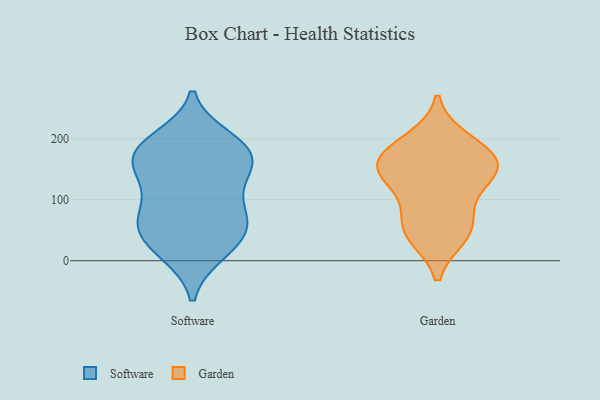
{"axis": {"x": "Website Visitors", "y": "Value"}, "legend": ["Garden", "Software"], "data": [{"x": "", "y": 144, "type": "Software"}, {"x": "", "y": 13, "type": "Software"}, {"x": "", "y": 70, "type": "Software"}, {"x": "", "y": 182, "type": "Software"}, {"x": "", "y": 157, "type": "Software"}, {"x": "", "y": 50, "type": "Software"}, {"x": "", "y": 59, "type": "Software"}, {"x": "", "y": 146, "type": "Software"}, {"x": "", "y": 117, "type": "Software"}, {"x": "", "y": 188, "type": "Software"}, {"x": "", "y": 183, "type": "Software"}, {"x": "", "y": 172, "type": "Software"}, {"x": "", "y": 65, "type": "Software"}, {"x": "", "y": 199, "type": "Software"}, {"x": "", "y": 38, "type": "Software"}, {"x": "", "y": 88, "type": "Software"}, {"x": "", "y": 13, "type": "Software"}, {"x": "", "y": 151, "type": "Garden"}, {"x": "", "y": 169, "type": "Garden"}, {"x": "", "y": 146, "type": "Garden"}, {"x": "", "y": 174, "type": "Garden"}, {"x": "", "y": 51, "type": "Garden"}, {"x": "", "y": 112, "type": "Garden"}, {"x": "", "y": 60, "type": "Garden"}, {"x": "", "y": 196, "type": "Garden"}, {"x": "", "y": 147, "type": "Garden"}, {"x": "", "y": 42, "type": "Garden"}]}